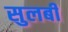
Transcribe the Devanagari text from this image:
सुलबी